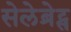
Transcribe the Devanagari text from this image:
सेलेब्रेट्स